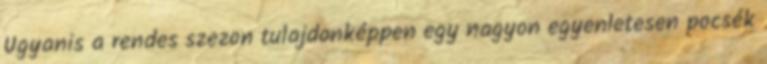
Ugyanis a rendes szezon tulajdonképpen egy nagyon egyenletesen pocsék